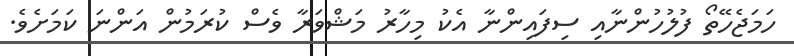
ހަމަޖެހޭތޯ ފުލުހުންނާއި ސިފައިންނާ އެކު މިހާރު މަޝްވަރާ ވެސް ކުރަމުން އަންނަ ކަމަށެވެ.